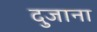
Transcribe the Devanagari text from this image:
दुजाना